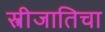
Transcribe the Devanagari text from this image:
स्त्रीजातिचा